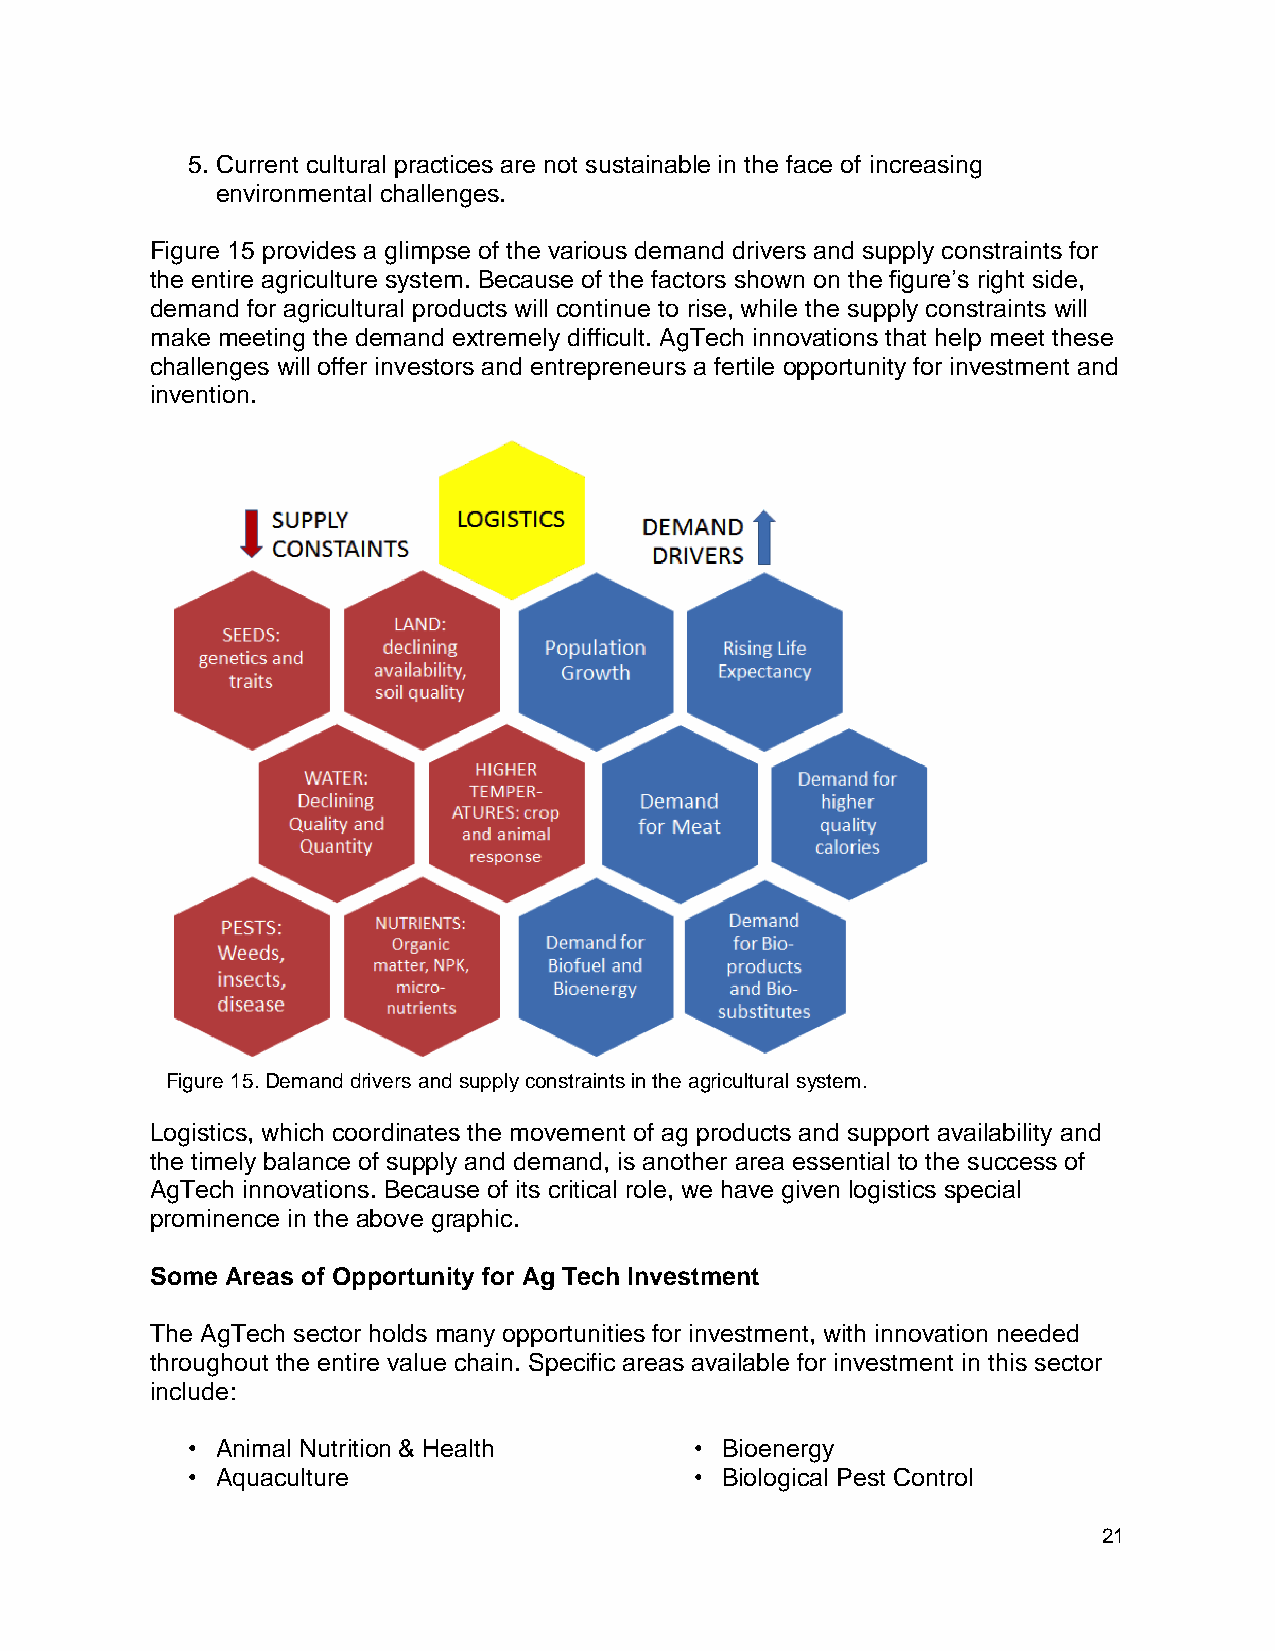
5. Current cultural practices are not sustainable in the face of increasing
 environmental challenges.
 Figure 15 provides a glimpse of the various demand drivers and supply constraints for
 the entire agriculture system. Because of the factors shown on the figure’s right side,
 demand for agricultural products will continue to rise, while the supply constraints will
 make meeting the demand extremely difficult. AgTech innovations that help meet these
 challenges will offer investors and entrepreneurs a fertile opportunity for investment and
 invention.
 Figure 15. Demand drivers and supply constraints in the agricultural system.
 Logistics, which coordinates the movement of ag products and support availability and
 the timely balance of supply and demand, is another area essential to the success of
 AgTech innovations. Because of its critical role, we have given logistics special
 prominence in the above graphic.
 Some Areas of Opportunity for Ag Tech Investment
 The AgTech sector holds many opportunities for investment, with innovation needed
 throughout the entire value chain. Specific areas available for investment in this sector
 include:
 • Animal Nutrition & Health       • Bioenergy
 • Aquaculture                     • Biological Pest Control
 21